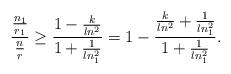
LaTeX: \begin{align*}\frac{\frac{n_{1}}{r_{1}}}{\frac{n}{r}}\geq\frac{1-\frac{k}{ln^{2}}}{1+\frac{1}{ln_{1}^{2}}}=1-\frac{\frac{k}{ln^{2}}+\frac{1}{ln_{1}^{2}}}{1+\frac{1}{ln_{1}^{2}}}.\end{align*}